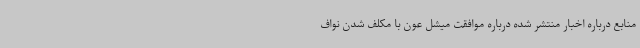
منابع درباره اخبار منتشر شده درباره موافقت میشل عون با مکلف شدن نواف